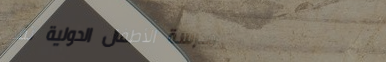
مدرسة الأطفال الدولية تقد